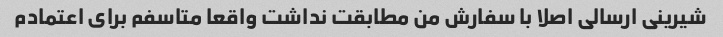
شیرینی ارسالی اصلا با سفارش من مطابقت نداشت واقعا متاسفم برای اعتمادم